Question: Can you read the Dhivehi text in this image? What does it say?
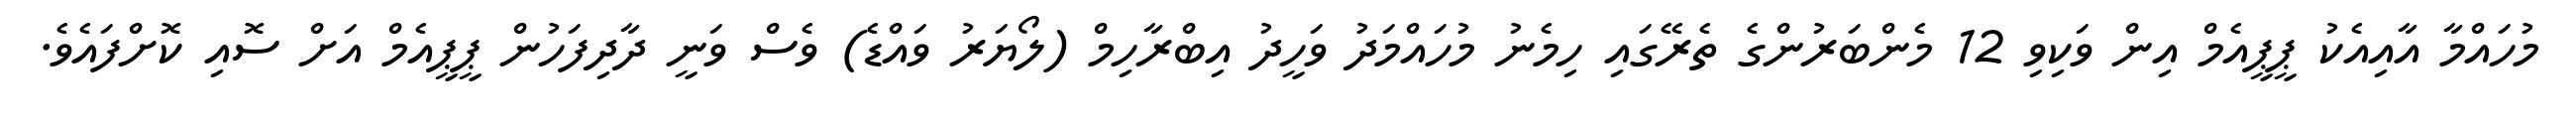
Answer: މުހައްމާ އާއިއެކު ޕީޕީއެމް އިން ވަކިވި 12 މެންބަރުންގެ ތެރޭގައި ހިމެނު މުހައްމަދު ވަހީދު އިބްރާހިމް (ލޯޔަރު ވައްޑެ) ވެސް ވަނީ ދާދިފަހުން ޕީޕީއެމް އަށް ސޮއި ކޮށްފައެވެ.